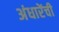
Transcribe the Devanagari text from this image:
अंधारेंची